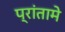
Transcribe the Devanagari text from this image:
प्रांतामे